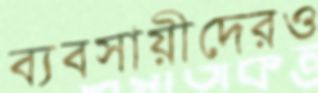
ব্যবসায়ীদেরও